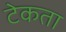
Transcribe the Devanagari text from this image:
टेकता